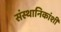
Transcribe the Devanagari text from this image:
संस्थानिकांशी